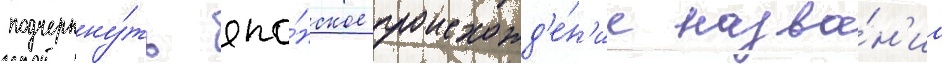
подчеркну́ть япо́нское происхожд'е́н'ие назва́н'иа